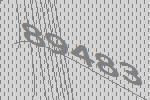
89483